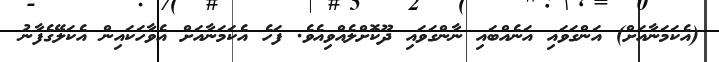
(އެކަމަނާއަށް) އަންގަވައި އަނެއްބައި ނާންގަވައި ދޫކޮށްލެއްވިއެވެ. ފަހެ އެކަމަނާއަށް އެވާހަކައިން އެކަލޭގެފާނު